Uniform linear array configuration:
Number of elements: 16
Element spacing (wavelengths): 0.5
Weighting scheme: exponential
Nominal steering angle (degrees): -15
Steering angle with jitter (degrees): -14.016
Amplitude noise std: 0.05
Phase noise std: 0.05

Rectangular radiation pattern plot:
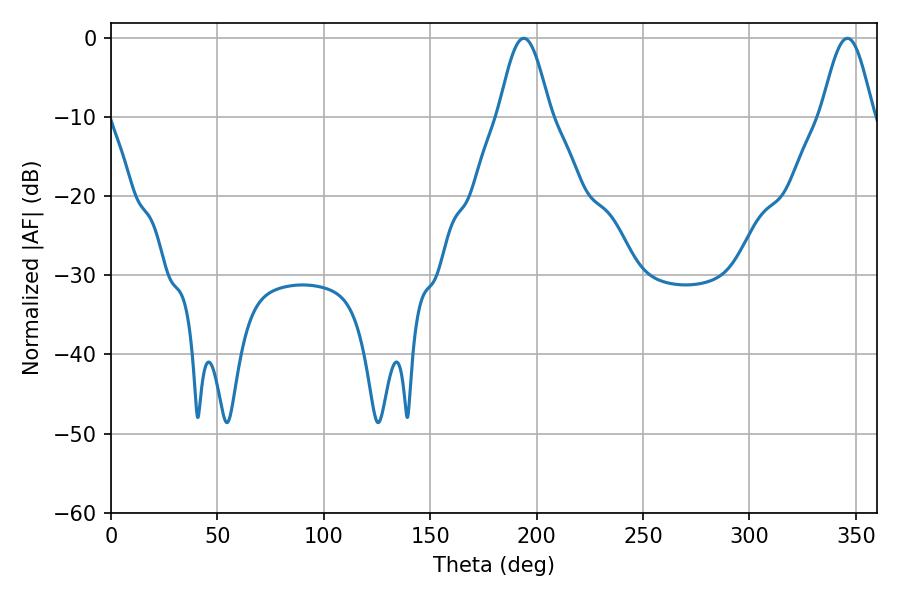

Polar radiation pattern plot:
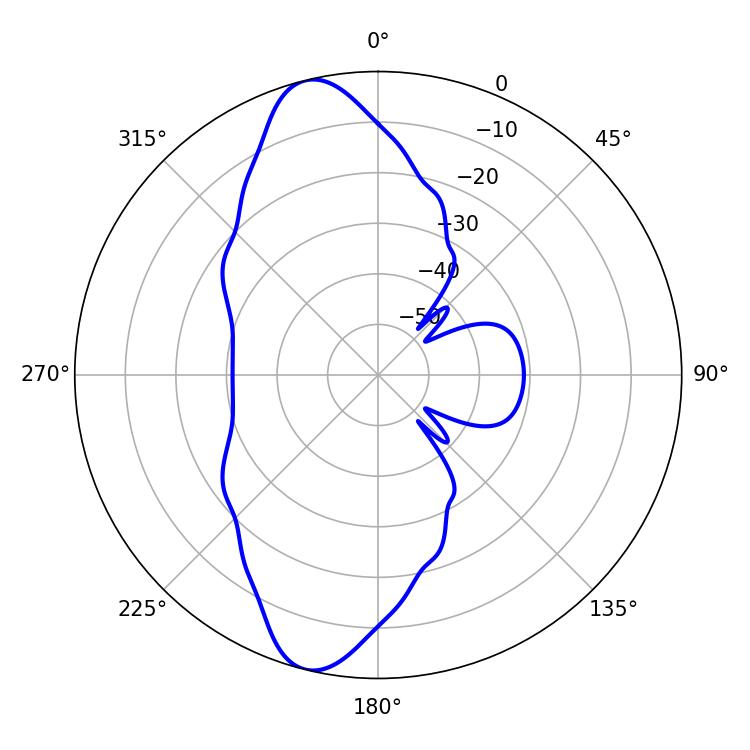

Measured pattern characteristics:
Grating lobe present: FALSE
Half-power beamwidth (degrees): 12.96
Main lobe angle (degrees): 194.04